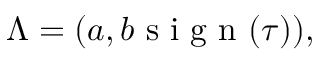
\begin{array} { r } { \Lambda = ( a , b \mathrm { ~ s ~ i ~ g ~ n ~ } ( \tau ) ) , } \end{array}